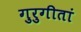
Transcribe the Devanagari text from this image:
गुरुगीतां